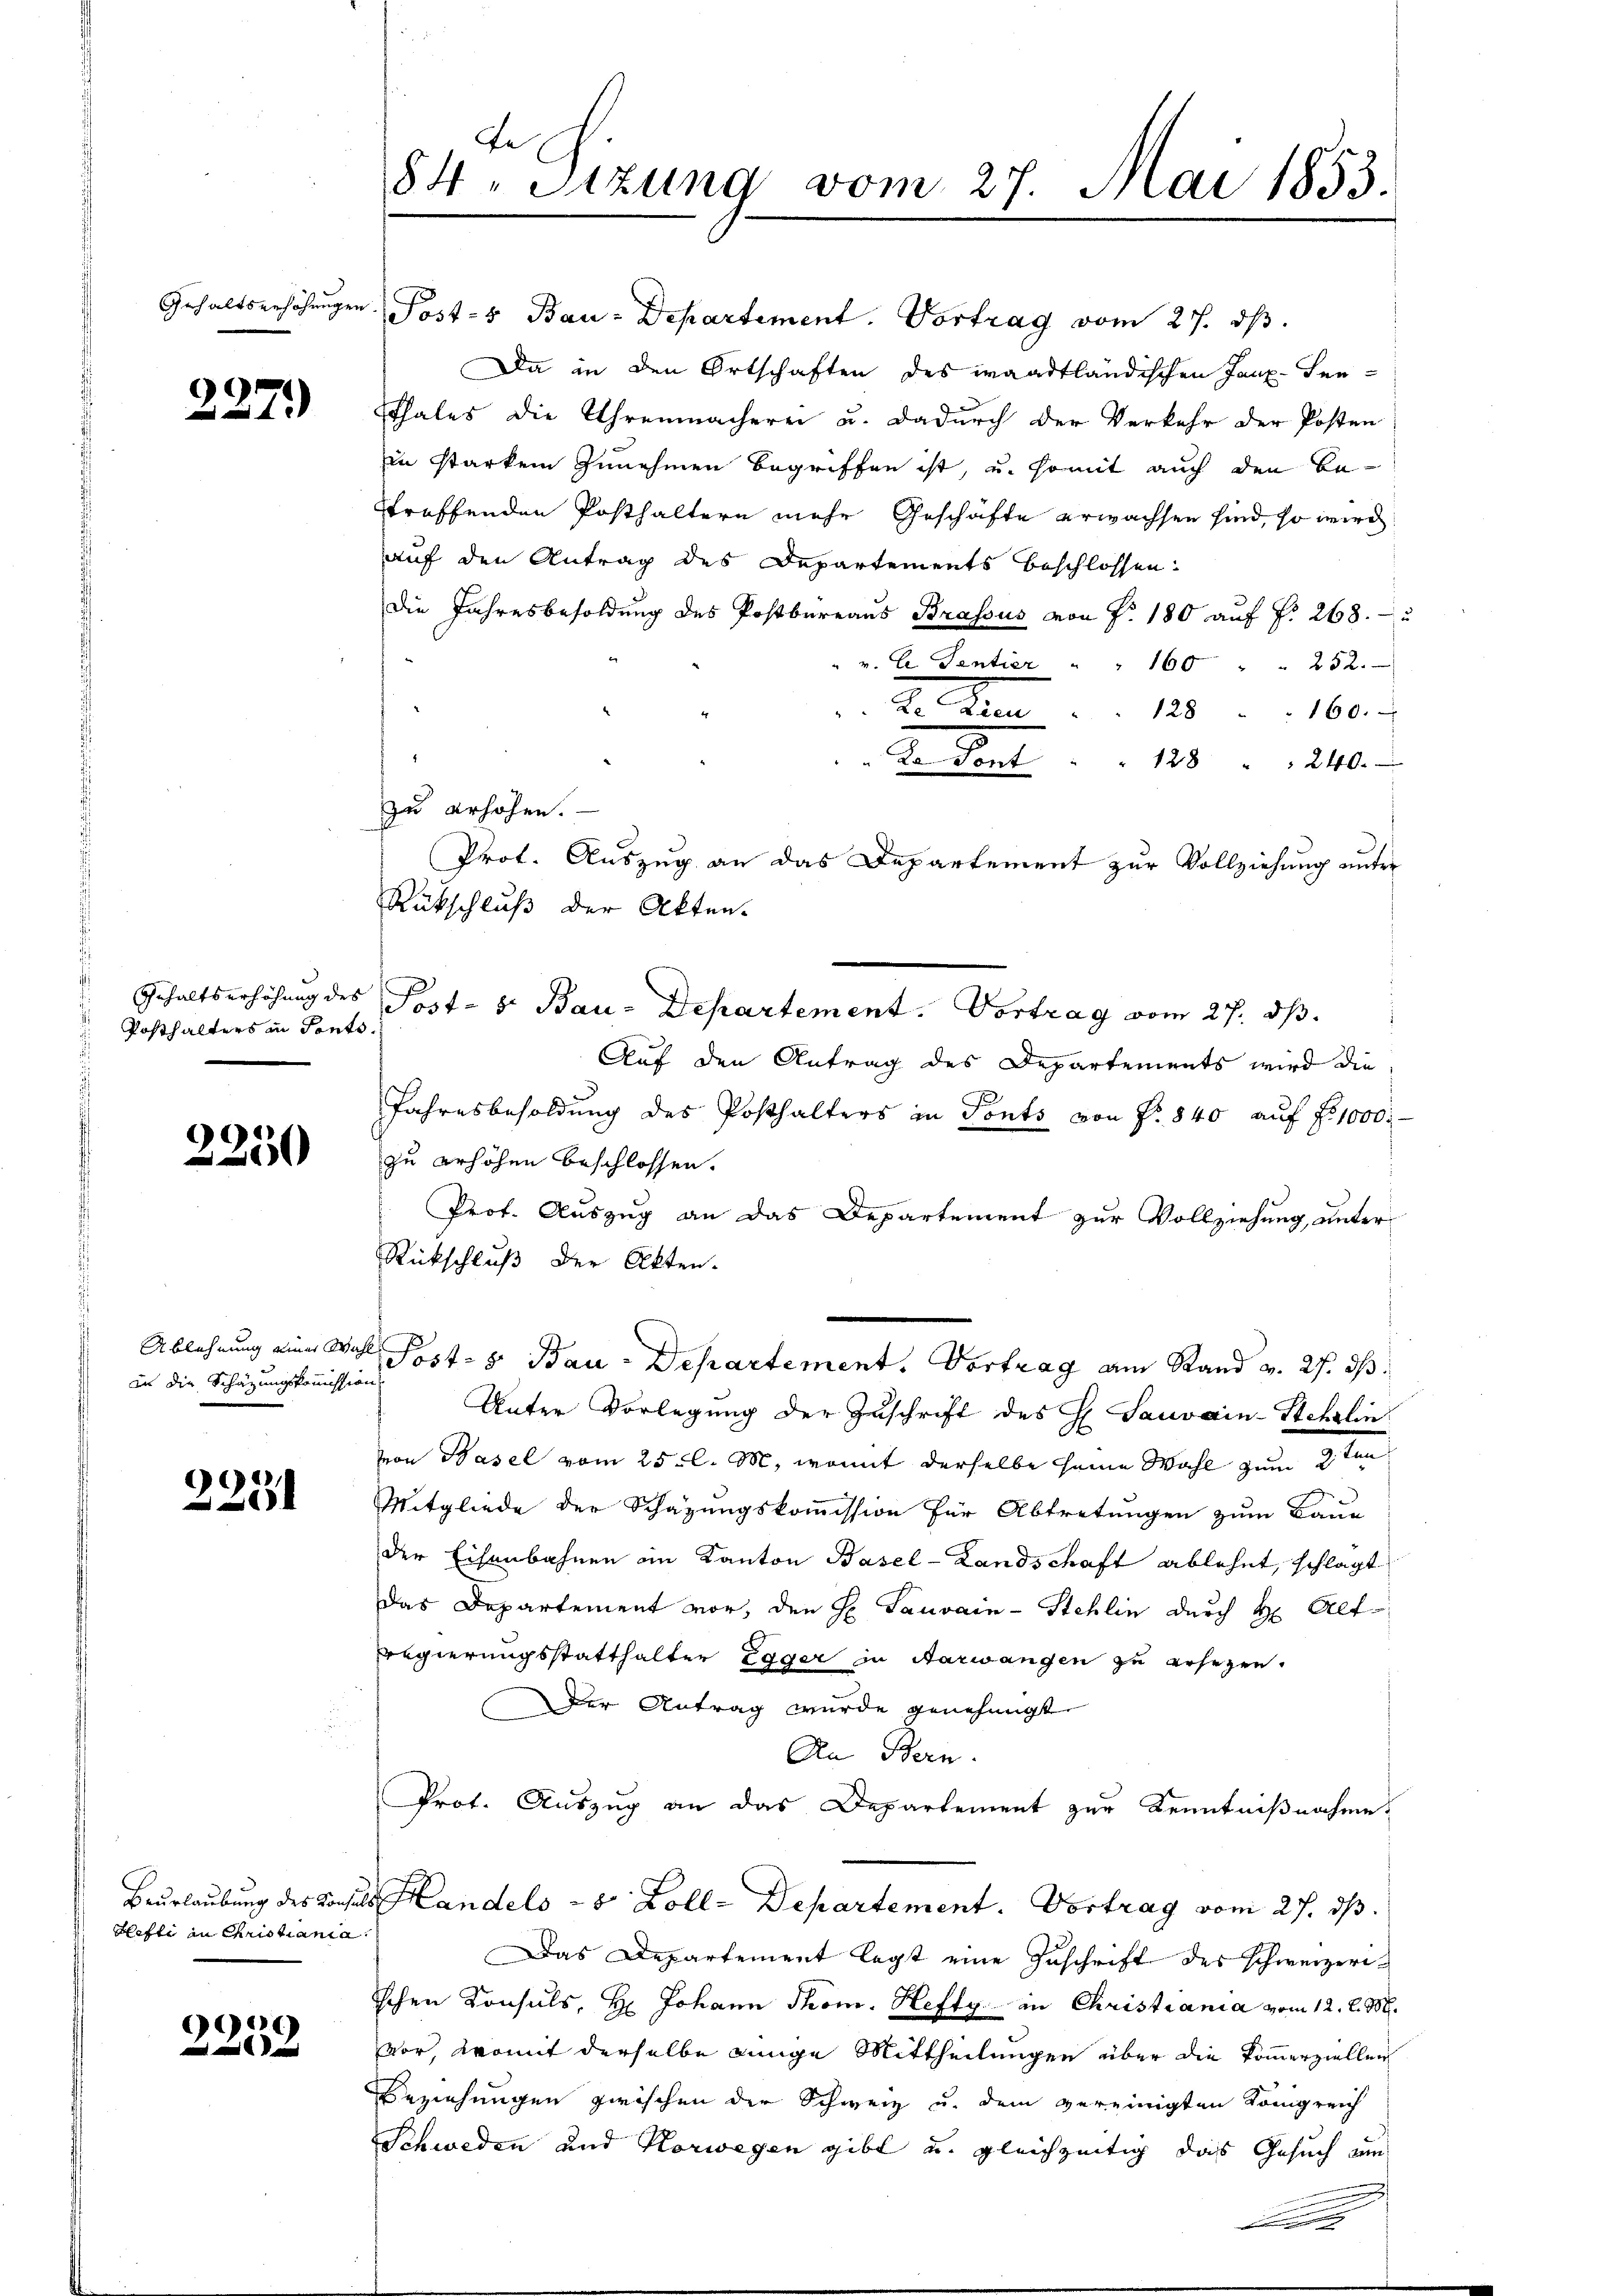
2271)

Gehaltserhöhung des
Posthalters in Ponto.

2250

Ablehnung einer Wahl
in die Schätzungskommission

2251

Hefli in Christiania.

99
e

Gehaltserhöhŭngen Post-s Bau-Departement. Vortrag vom 27. dβ.
Da in den Ortschaften des waadtländischen Tanz-Sen¬
Ethales die Uhrenmacherei u. dadurch der Verkehr der Posten
in starkem zunehmen begriffen ist, u. somit auch den Bestreffenden Posthaltern mehr Geschäfte erwachsen sind, so wird
auf den Antrag des Departements beschlossen:
Die Jahresbesoldung des Postbureaus Brassus von Fr. 180 auf §. 268.
v. C Sentier " " 160 " " 252.
.
128 " " 160.
Von den                       240.
zu erhöhen.
Prot. Auszug an das Departement zur Vollziehung unter
Rückschluß der Akten.
Post- s. Bau-Departement. Vortrag vom 27. ds.
Auf den Antrag des Departements wird die
Jahresbesoldung des Posthalters in Tonts von Fr. 840 auf Fr. 1000.-
zu erhöhen beschlossen.
Prof. Auszug an das Departement zur Vollziehung unter
Rückschluß der Akten.
Post- & Bau-Departement. Vortrag am Stand v. 27. ds.
Unter Vorlegung der Zuschrift des H. Sauvain-Schalin
von Basel vom 25t l. M., womit derselbe seine Wahl zum 2 ten
Mitgliede der Schazungskommission für Abtretungen zum Baue
der Eisenbahnen im Kanton Basel-Landschaft ablehnt, schlägt
Das Departement vor, den H. Tauvain-Stehlin durch Hr. Alf
Regierungsstatthalter Egger in Aarwangen zu ersezen.
Der Antrag wurde genehmigt.
An Bern.
Prot. Auszug an das Departement zur Kenntnißnahme
Beurlaubung des Consuls Handels = 8 Zoll-Departement. Vortrag vom 27. ds.
Das Departement legt eine Zuschrift des schweizerischen Konsuls, H. Johann Thom. Hefty in Christiania vom 12. l. M.
vor, womit derselbe einge Mittheilungen über die kommerziellen
Beziehungen zwischen der Schweiz u. dem vereinigten Königreich
Schweden und Korwegen gibt u. gleichzeitig das Gesuch um
e

te
84. Sitzung vom 27. Mai 1853.
d